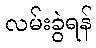
လမ်းခွဲရန်